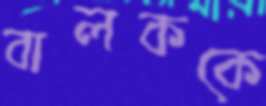
বালককে